Resolution. No. 1369 Ex.
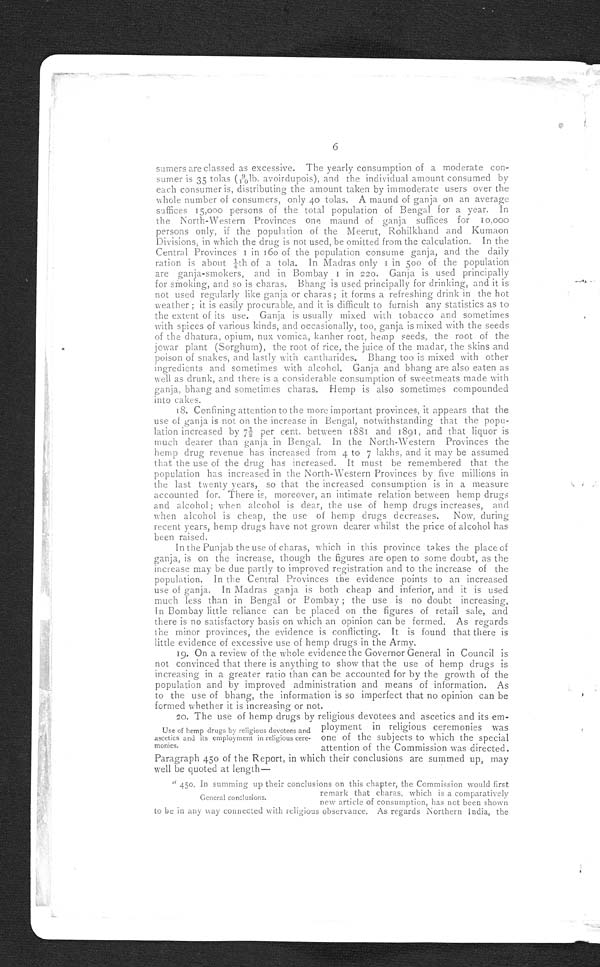
6
sumers are classed as excessive. The yearly consumption of a moderate con-
sumer is 35 tolas (9/10 lb. avoirdupois), and the individual amount consumed by
each consumer is, distributing the amount taken by immoderate users over the
whole number of consumers, only 40 tolas. A maund of ganja on an average
suffices 15,000 persons of the total population of Bengal for a year. In
the North-Western Provinces one maund of ganja suffices for 10,000
persons only, if the population of the Meerut, Rohilkhand and Kumaon
Divisions, in which the drug is not used, be omitted from the calculation. In the
Central Provinces 1 in 160 of the population consume ganja, and the daily
ration is about ¼th of a tola. In Madras only 1 in 500 of the population
are ganja-smokers, and in Bombay 1 in 220. Ganja is used principally
for smoking, and so is charas. Bhang is used principally for drinking, and it is
not used regularly like ganja or charas; it forms a refreshing drink in the hot
weather; it is easily procurable, and it is difficult to furnish any statistics as to
the extent of its use. Ganja is usually mixed with tobacco and sometimes
with spices of various kinds, and occasionally, too, ganja is mixed with the seeds
of the dhatura, opium, nux vomica, kanher root, hemp seeds, the root of the
jowar plant (Sorghum), the root of rice, the juice of the madar, the skins and
poison of snakes, and lastly with cantharides. Bhang too is mixed with other
ingredients and sometimes with alcohol. Ganja and bhang are also eaten as
well as drunk, and there is a considerable consumption of sweetmeats made with
ganja, bhang and sometimes charas. Hemp is also sometimes compounded
into cakes.
18. Confining attention to the more important provinces, it appears that the
use of ganja is not on the increase in Bengal, notwithstanding that the popu-
lation increased by 7½ per cent. between 1881 and 1891, and that liquor is
much dearer than ganja in Bengal. In the North-Western Provinces the
hemp drug revenue has increased from 4 to 7 lakhs, and it may be assumed
that the use of the drug has increased. It must be remembered that the
population has increased in the North-Western Provinces by five millions in
the last twenty years, so that the increased consumption is in a measure
accounted for. There is, moreover, an intimate relation between hemp drugs
and alcohol; when alcohol is dear, the use of hemp drugs increases, and
when alcohol is cheap, the use of hemp drugs decreases. Now, during
recent years, hemp drugs have not grown dearer whilst the price of alcohol has
been raised.
In the Punjab the use of charas, which in this province takes the place of
ganja, is on the increase, though the figures are open to some doubt, as the
increase may be due partly to improved registration and to the increase of the
population. In the Central Provinces the evidence points to an increased
use of ganja. In Madras ganja is both cheap and inferior, and it is used
much less than in Bengal or Bombay; the use is no doubt increasing.
In Bombay little reliance can be placed on the figures of retail sale, and
there is no satisfactory basis on which an opinion can be formed. As regards
the minor provinces, the evidence is conflicting. It is found that there is
little evidence of excessive use of hemp drugs in the Army.
19. On a review of the whole evidence the Governor General in Council is
not convinced that there is anything to show that the use of hemp drugs is
increasing in a greater ratio than can be accounted for by the growth of the
population and by improved administration and means of information. As
to the use of bhang, the information is so imperfect that no opinion can be
formed whether it is increasing or not.
20. The use of hemp drugs by religious devotees and ascetics and its em-
Use of hemp drugs by religious devotees and
ascetics and its employment in religious
ceremonies.
ployment in religious ceremonies was
one of the subjects to which the special
attention of the Commission was directed.
Paragraph 450 of the Report, in which their conclusions are summed up, may
well be quoted at length—
" 450. In summing up their conclusions on this chapter, the Commission would first
to be in any way connected with religious observance. As regards Northern India, the
General conclusions.
remark that charas, which is a comparatively
new article of consumption, has not been shown